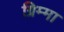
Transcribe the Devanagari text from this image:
ग्रिम्मा